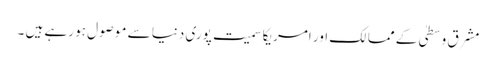
مشرق وسطیٰ کے ممالک اور امریکا سمیت پوری دنیا سے موصول ہو رہے ہیں ۔